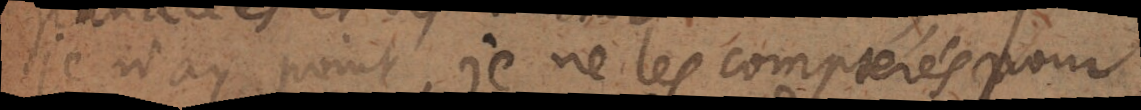
je n’ay point, je ne les compterés pour